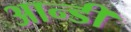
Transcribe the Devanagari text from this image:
आन्डी